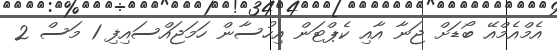
އެމްއެމްއޭ ބޯޑަށް ޖަނާ އާއި ކެޕްޓަން އިހުސާން ހަމަޖައްސައިފި 1 މަސް 2